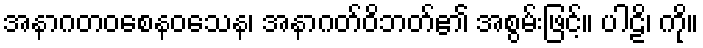
အနာဂတဝစေနဝသေန၊ အနာဂတ်ဝိဘတ်၏ အစွမ်းဖြင့်။ ပါဠိ၊ ကို။